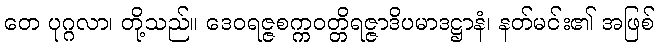
တေ ပုဂ္ဂလာ၊ တို့သည်။ ဒေဝရဇ္ဇစက္ကဝတ္တိရဇ္ဇာဒိပမာဒဋ္ဌာနံ၊ နတ်မင်း၏ အဖြစ်